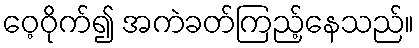
ဝေ့ဝိုက်၍ အကဲခတ်ကြည့်နေသည်။